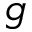
g